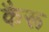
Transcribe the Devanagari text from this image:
कैरू